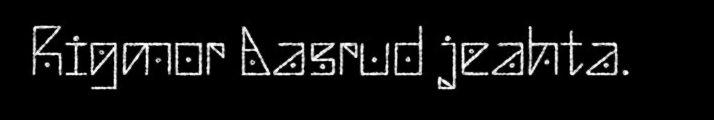
Rigmor Aasrud jeahta.